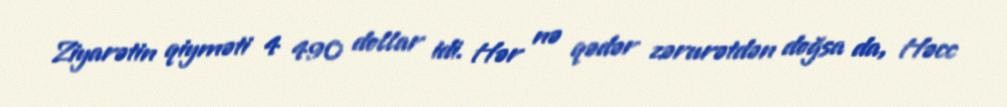
Ziyarətin qiyməti 4 490 dollar idi. Hər nə qədər zərurətdən doğsa da, Həcc